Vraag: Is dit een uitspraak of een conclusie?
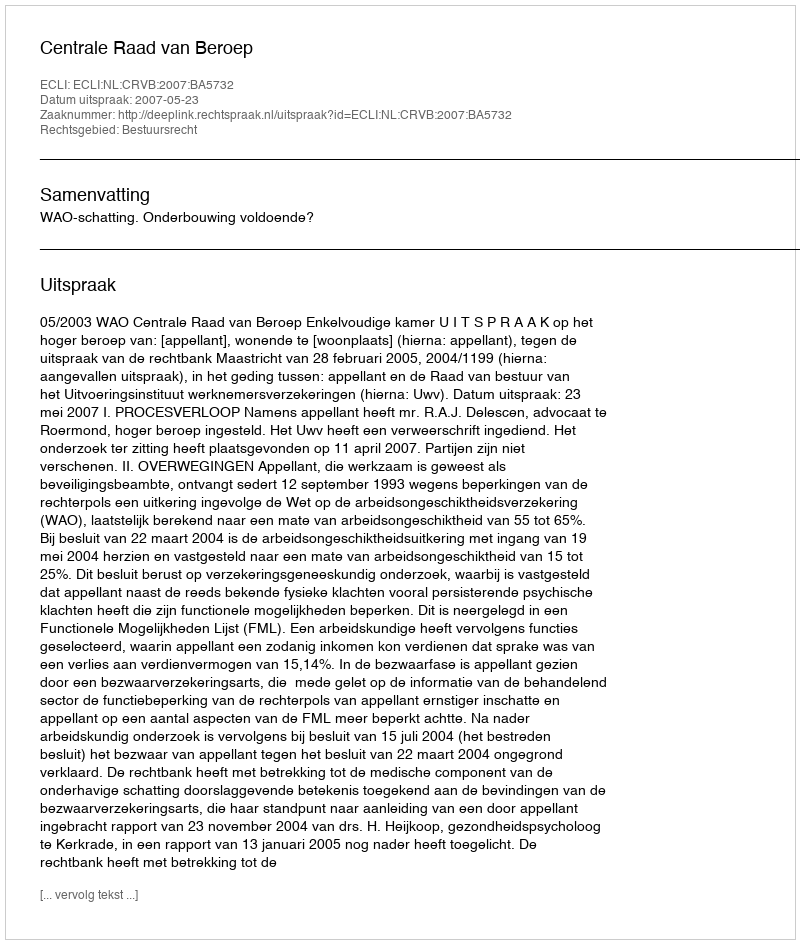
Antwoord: Uitspraak